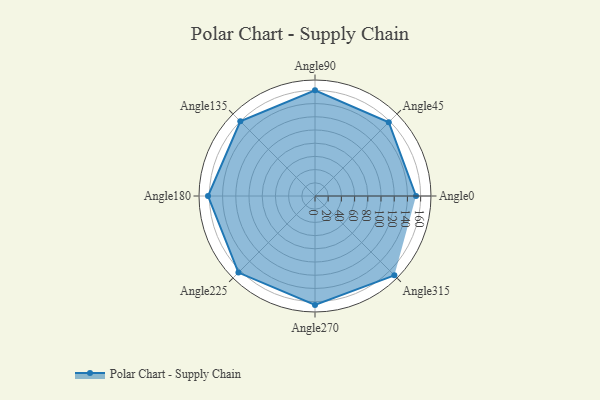
{"axis": {"x": "Angle", "y": "Radius"}, "legend": [""], "data": [{"x": "Angle0", "y": 153.0, "type": ""}, {"x": "Angle45", "y": 158.0, "type": ""}, {"x": "Angle90", "y": 160.0, "type": ""}, {"x": "Angle135", "y": 160.0, "type": ""}, {"x": "Angle180", "y": 162.0, "type": ""}, {"x": "Angle225", "y": 164.0, "type": ""}, {"x": "Angle270", "y": 165.0, "type": ""}, {"x": "Angle315", "y": 170, "type": ""}]}